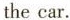
the car.